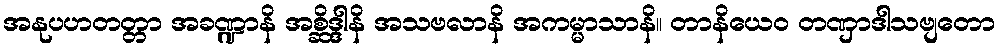
အနုပဟတတ္တာ အခဏ္ဍာနိ အစ္ဆိဒ္ဒါနိ အသဗလာနိ အကမ္မာသာနိ။ တာနိယေဝ တဏှာဒါသဗျတော